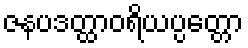
ဇနပဒတ္ထာဝရိယပ္ပတ္တော